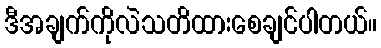
ဒီအချက်ကိုလဲသတိထားစေချင်ပါတယ်။